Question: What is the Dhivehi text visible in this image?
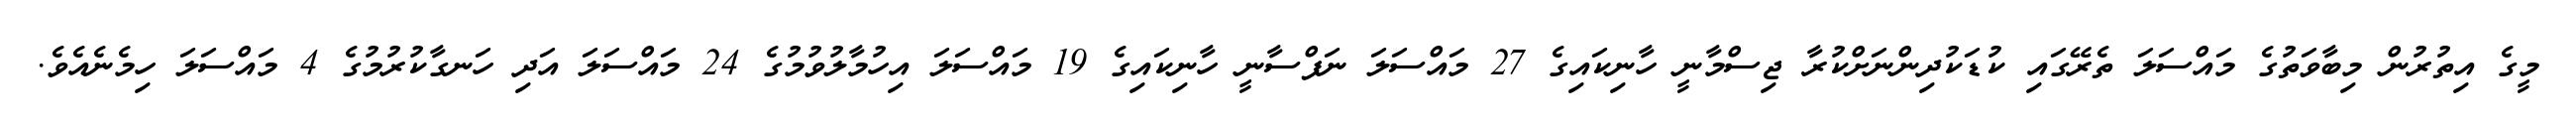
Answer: މީގެ އިތުރުން މިބާވަތުގެ މައްސަލަ ތެރޭގައި ކުޑަކުދިންނަށްކުރާ ޖިސްމާނީ ހާނިކައިގެ 27 މައްސަލަ ނަފްސާނީ ހާނިކައިގެ 19 މައްސަލަ އިހުމާލުވުމުގެ 24 މައްސަލަ އަދި ހަނގާކުރުމުގެ 4 މައްސަލަ ހިމެނެއެވެ.